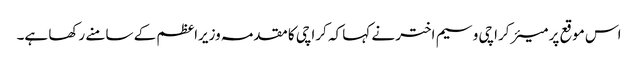
اس موقع پر میئر کراچی وسیم اختر نے کہا کہ کراچی کا مقدمہ وزیراعظم کے سامنے رکھا ہے۔